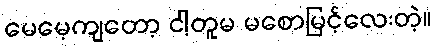
မေမေ့ကျတော့ ငါ့တူမ မစောမြင့်လေးတဲ့။